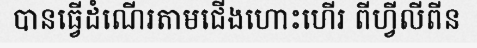
បានធ្វើដំណើរតាមជើងហោះហើរ ពីហ្វីលីពីន